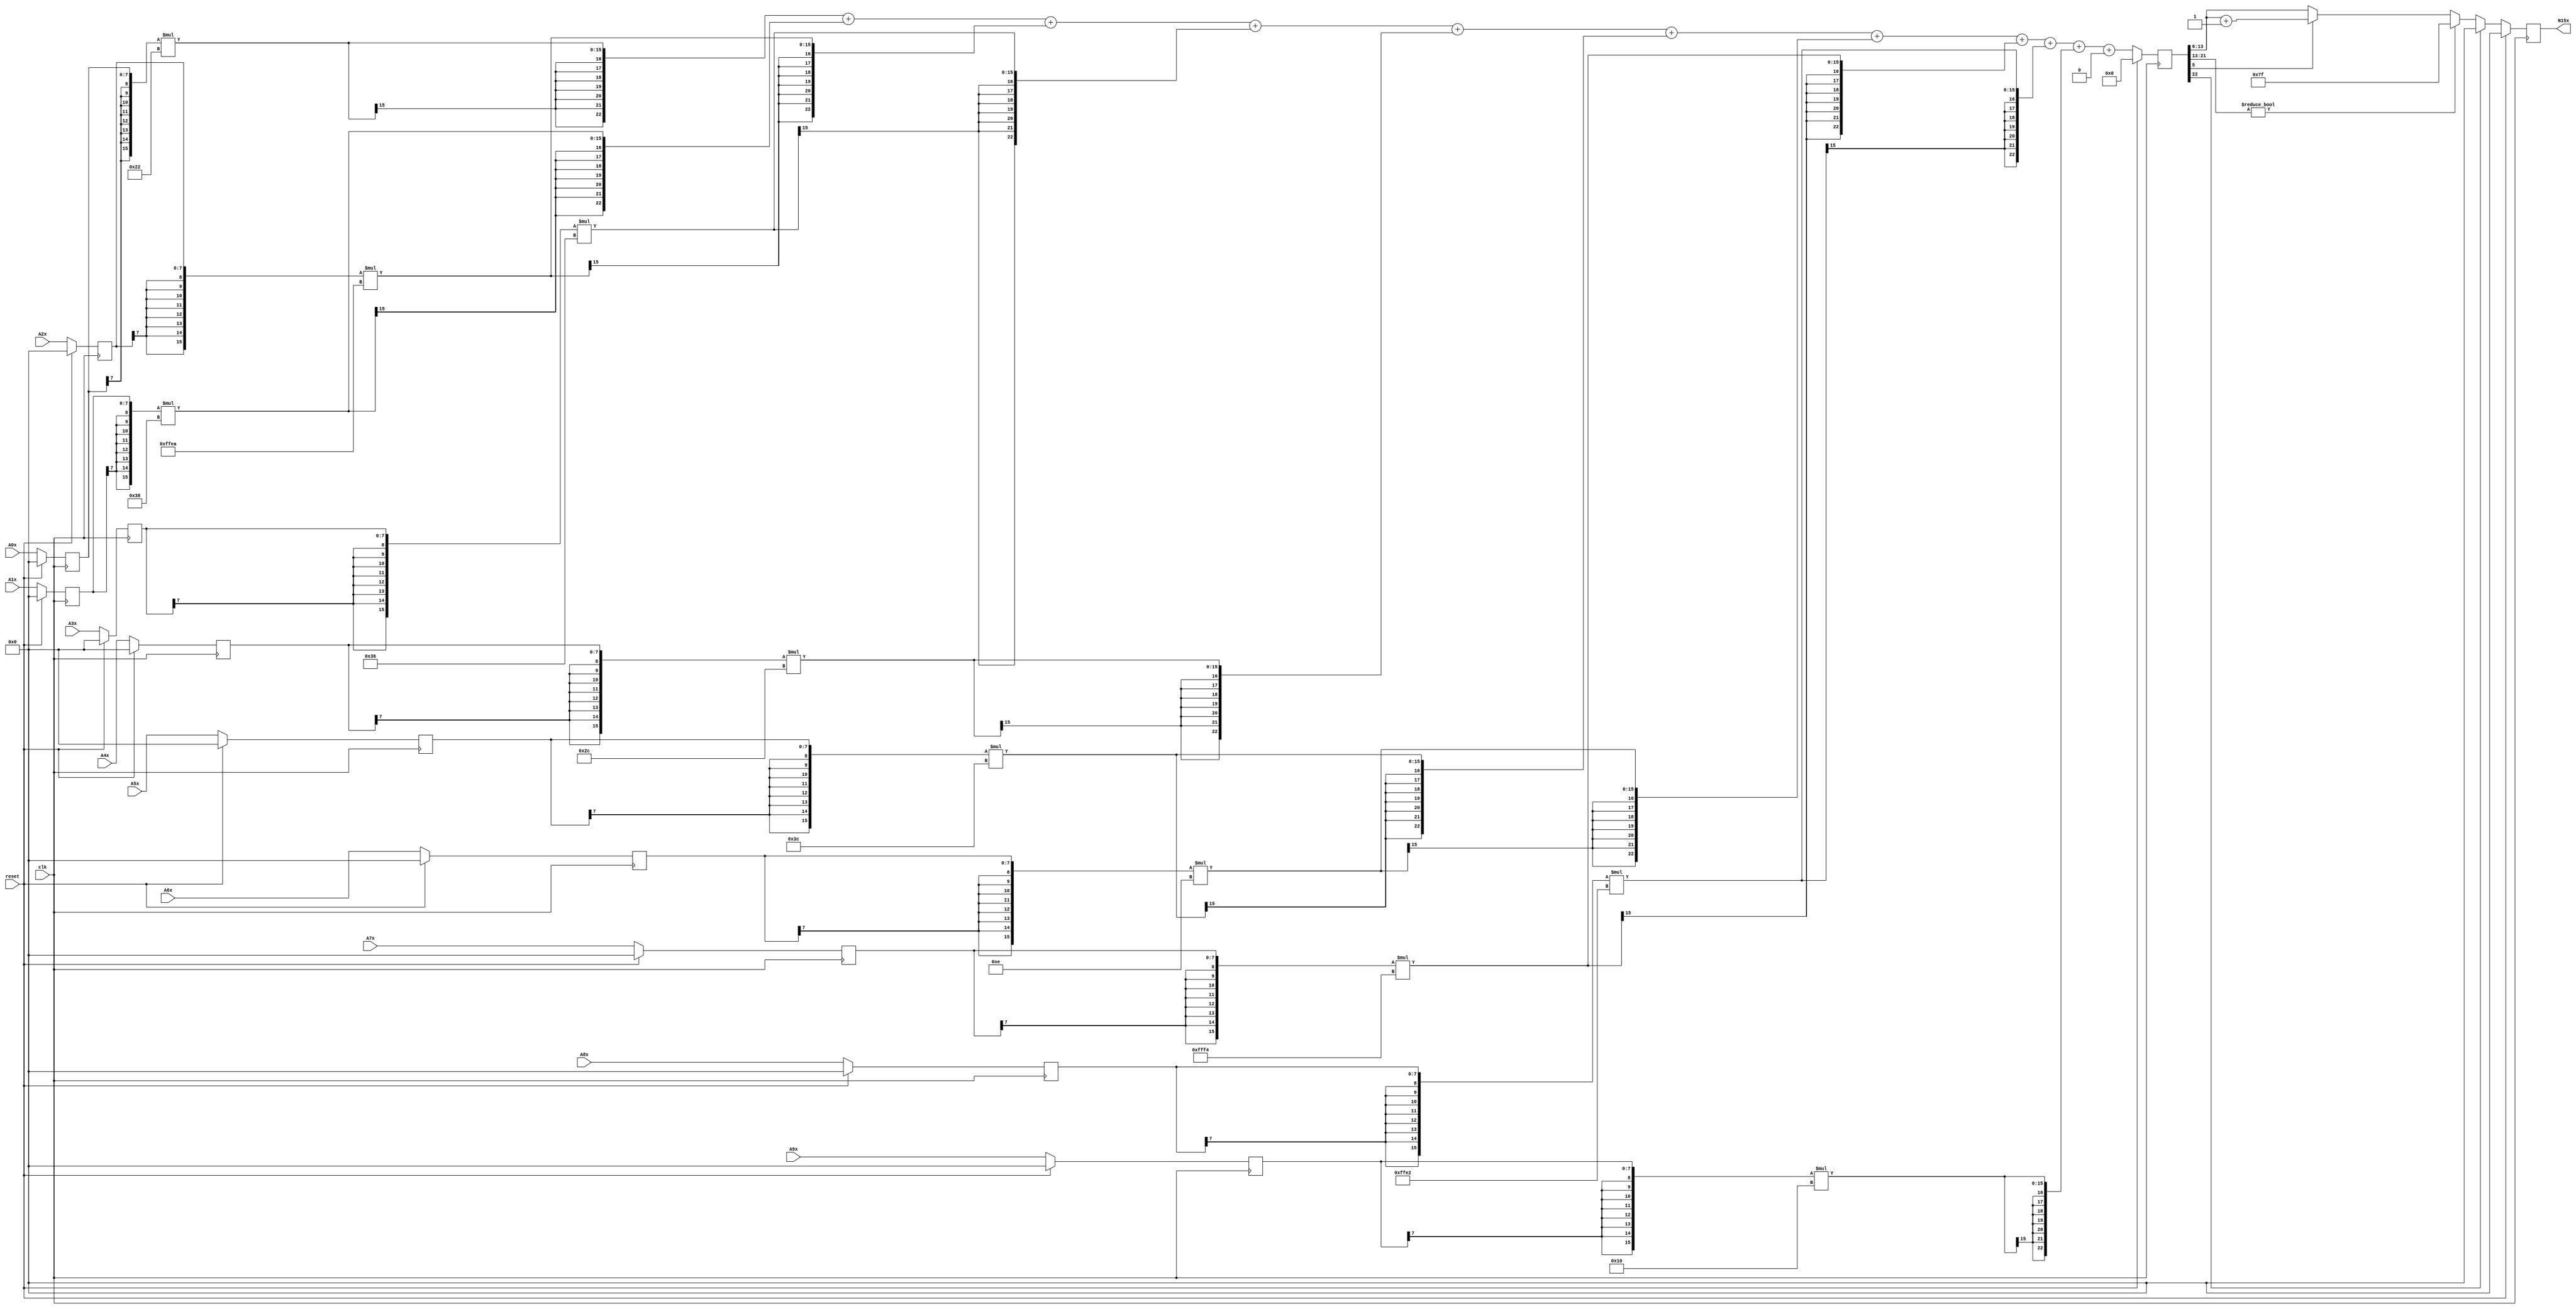
module node_3_15(clk,reset,N15x,A0x,A1x,A2x,A3x,A4x,A5x,A6x,A7x,A8x,A9x);
	input clk;
	input reset;
	input [7:0] A0x, A1x, A2x, A3x, A4x, A5x, A6x, A7x, A8x, A9x;
	reg [7:0] A0x_c, A1x_c, A2x_c, A3x_c, A4x_c, A5x_c, A6x_c, A7x_c, A8x_c, A9x_c;
	wire [15:0] sum0x, sum1x, sum2x, sum3x, sum4x, sum5x, sum6x, sum7x, sum8x, sum9x;
	output reg [7:0] N15x;
	reg [22:0] sumout;

	parameter [7:0] W0x=8'd34;
	parameter [7:0] W1x=8'd56;
	parameter [7:0] W2x=-8'd22;
	parameter [7:0] W3x=8'd54;
	parameter [7:0] W4x=8'd44;
	parameter [7:0] W5x=8'd60;
	parameter [7:0] W6x=8'd14;
	parameter [7:0] W7x=-8'd12;
	parameter [7:0] W8x=-8'd30;
	parameter [7:0] W9x=8'd16;
	parameter [15:0] B0x=16'd0;


	assign sum0x = {A0x_c[7],A0x_c[7],A0x_c[7],A0x_c[7],A0x_c[7],A0x_c[7],A0x_c[7],A0x_c[7],A0x_c}*{W0x[7],W0x[7],W0x[7],W0x[7],W0x[7],W0x[7],W0x[7],W0x[7],W0x};
	assign sum1x = {A1x_c[7],A1x_c[7],A1x_c[7],A1x_c[7],A1x_c[7],A1x_c[7],A1x_c[7],A1x_c[7],A1x_c}*{W1x[7],W1x[7],W1x[7],W1x[7],W1x[7],W1x[7],W1x[7],W1x[7],W1x};
	assign sum2x = {A2x_c[7],A2x_c[7],A2x_c[7],A2x_c[7],A2x_c[7],A2x_c[7],A2x_c[7],A2x_c[7],A2x_c}*{W2x[7],W2x[7],W2x[7],W2x[7],W2x[7],W2x[7],W2x[7],W2x[7],W2x};
	assign sum3x = {A3x_c[7],A3x_c[7],A3x_c[7],A3x_c[7],A3x_c[7],A3x_c[7],A3x_c[7],A3x_c[7],A3x_c}*{W3x[7],W3x[7],W3x[7],W3x[7],W3x[7],W3x[7],W3x[7],W3x[7],W3x};
	assign sum4x = {A4x_c[7],A4x_c[7],A4x_c[7],A4x_c[7],A4x_c[7],A4x_c[7],A4x_c[7],A4x_c[7],A4x_c}*{W4x[7],W4x[7],W4x[7],W4x[7],W4x[7],W4x[7],W4x[7],W4x[7],W4x};
	assign sum5x = {A5x_c[7],A5x_c[7],A5x_c[7],A5x_c[7],A5x_c[7],A5x_c[7],A5x_c[7],A5x_c[7],A5x_c}*{W5x[7],W5x[7],W5x[7],W5x[7],W5x[7],W5x[7],W5x[7],W5x[7],W5x};
	assign sum6x = {A6x_c[7],A6x_c[7],A6x_c[7],A6x_c[7],A6x_c[7],A6x_c[7],A6x_c[7],A6x_c[7],A6x_c}*{W6x[7],W6x[7],W6x[7],W6x[7],W6x[7],W6x[7],W6x[7],W6x[7],W6x};
	assign sum7x = {A7x_c[7],A7x_c[7],A7x_c[7],A7x_c[7],A7x_c[7],A7x_c[7],A7x_c[7],A7x_c[7],A7x_c}*{W7x[7],W7x[7],W7x[7],W7x[7],W7x[7],W7x[7],W7x[7],W7x[7],W7x};
	assign sum8x = {A8x_c[7],A8x_c[7],A8x_c[7],A8x_c[7],A8x_c[7],A8x_c[7],A8x_c[7],A8x_c[7],A8x_c}*{W8x[7],W8x[7],W8x[7],W8x[7],W8x[7],W8x[7],W8x[7],W8x[7],W8x};
	assign sum9x = {A9x_c[7],A9x_c[7],A9x_c[7],A9x_c[7],A9x_c[7],A9x_c[7],A9x_c[7],A9x_c[7],A9x_c}*{W9x[7],W9x[7],W9x[7],W9x[7],W9x[7],W9x[7],W9x[7],W9x[7],W9x};

	always@(posedge clk) begin

		if(reset)
			begin
			N15x<=8'd0;
			sumout<=16'd0;
			A0x_c <= 8'd0;
			A1x_c <= 8'd0;
			A2x_c <= 8'd0;
			A3x_c <= 8'd0;
			A4x_c <= 8'd0;
			A5x_c <= 8'd0;
			A6x_c <= 8'd0;
			A7x_c <= 8'd0;
			A8x_c <= 8'd0;
			A9x_c <= 8'd0;
			end
		else
			begin
			A0x_c <= A0x;
			A1x_c <= A1x;
			A2x_c <= A2x;
			A3x_c <= A3x;
			A4x_c <= A4x;
			A5x_c <= A5x;
			A6x_c <= A6x;
			A7x_c <= A7x;
			A8x_c <= A8x;
			A9x_c <= A9x;
			sumout<={sum0x[15],sum0x[15],sum0x[15],sum0x[15],sum0x[15],sum0x[15],sum0x[15],sum0x}+{sum1x[15],sum1x[15],sum1x[15],sum1x[15],sum1x[15],sum1x[15],sum1x[15],sum1x}+{sum2x[15],sum2x[15],sum2x[15],sum2x[15],sum2x[15],sum2x[15],sum2x[15],sum2x}+{sum3x[15],sum3x[15],sum3x[15],sum3x[15],sum3x[15],sum3x[15],sum3x[15],sum3x}+{sum4x[15],sum4x[15],sum4x[15],sum4x[15],sum4x[15],sum4x[15],sum4x[15],sum4x}+{sum5x[15],sum5x[15],sum5x[15],sum5x[15],sum5x[15],sum5x[15],sum5x[15],sum5x}+{sum6x[15],sum6x[15],sum6x[15],sum6x[15],sum6x[15],sum6x[15],sum6x[15],sum6x}+{sum7x[15],sum7x[15],sum7x[15],sum7x[15],sum7x[15],sum7x[15],sum7x[15],sum7x}+{sum8x[15],sum8x[15],sum8x[15],sum8x[15],sum8x[15],sum8x[15],sum8x[15],sum8x}+{sum9x[15],sum9x[15],sum9x[15],sum9x[15],sum9x[15],sum9x[15],sum9x[15],sum9x}+{B0x[15],B0x[15],B0x[15],B0x[15],B0x[15],B0x[15],B0x[15],B0x};

			if(sumout[22]==0)
				begin
				if(sumout[21:13]!=9'b0)
					N15x<=8'd127;
				else
					begin
					if(sumout[5]==1)
						N15x<=sumout[13:6]+8'd1;
					else
						N15x<=sumout[13:6];
					end
				end
			else
				N15x<=8'd0;
			end
		end
endmodule